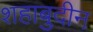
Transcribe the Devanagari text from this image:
शहाबुदीन